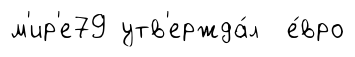
м'ир'е79 утв'ержда́л е́вро